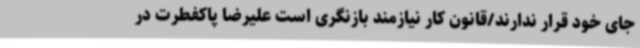
جای خود قرار ندارند/قانون کار نیازمند بازنگری است علیرضا پاکفطرت در